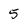
Character: 5